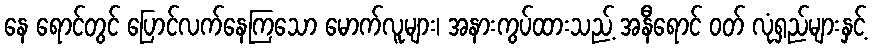
နေ ရောင်တွင် ပြောင်လက်နေကြသော မောက်လူများ၊ အနားကွပ်ထားသည့် အနီရောင် ဝတ် လုံရှည်များနှင့်